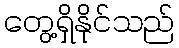
တွေ့ရှိနိုင်သည်